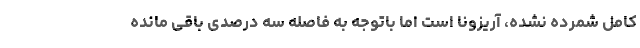
کامل شمرده نشده، آریزونا است اما باتوجه به فاصله سه درصدی باقی مانده